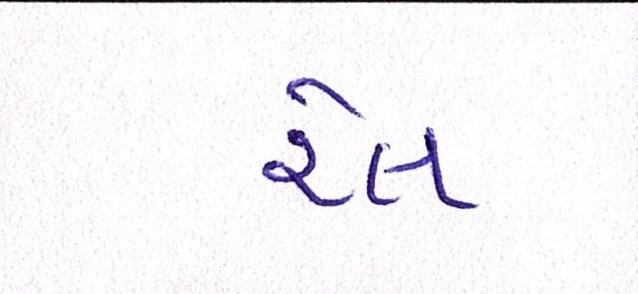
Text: રેલ